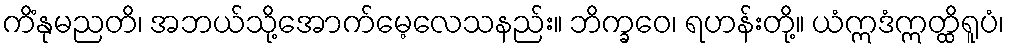
ကိံနုမညတိ၊ အဘယ်သို့အောက်မေ့လေသနည်း။ ဘိက္ခဝေ၊ ရဟန်းတို့။ ယံဣဒံဣတ္ထိရူပံ၊